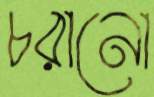
চরানো